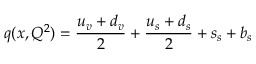
q ( x , Q ^ { 2 } ) = \frac { u _ { v } + d _ { v } } { 2 } + \frac { u _ { s } + d _ { s } } { 2 } + s _ { s } + b _ { s }